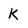
Character: K